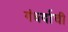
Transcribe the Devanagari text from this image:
गंधर्वाची